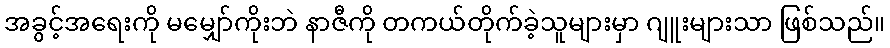
အခွင့်အရေးကို မမျှော်ကိုးဘဲ နာဇီကို တကယ်တိုက်ခဲ့သူများမှာ ဂျူးများသာ ဖြစ်သည်။